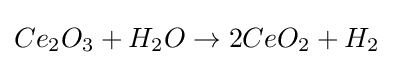
Ce_{2}O_{3}+H_{2}O\rightarrow 2CeO_{2}+H_{2}